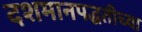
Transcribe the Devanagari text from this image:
दशमानपद्धतीच्या